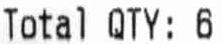
TATAL QTY:6